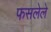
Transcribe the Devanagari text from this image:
फसलेले